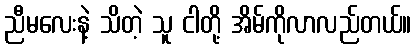
ညီမလေးနဲ့ သိတဲ့ သူ ငါတို့ အိမ်ကိုလာလည်တယ်။